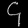
Digit: ၄